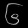
Digit: ၆